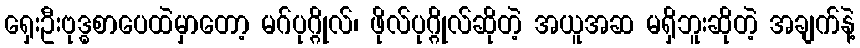
ရှေးဦးဗုဒ္ဓစာပေထဲမှာတော့ မဂ်ပုဂ္ဂိုလ်၊ ဖိုလ်ပုဂ္ဂိုလ်ဆိုတဲ့ အယူအဆ မရှိဘူးဆိုတဲ့ အချက်နဲ့